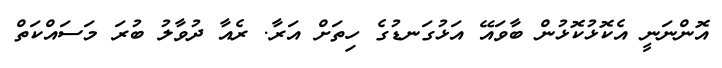
އޮންނަނީ އެކޮޅުކޮޅުން ބާވައޭ އަޅުގަނޑުގެ ހިތަށް އަރާ. ރެއާ ދުވާލު ބުރަ މަސައްކަތް